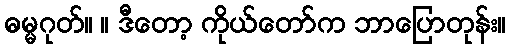
ဓမ္မဂုတ်။ ။ ဒီတော့ ကိုယ်တော်က ဘာပြောတုန်း။